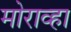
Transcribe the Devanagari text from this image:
मोराव्हा